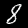
Digit: 8